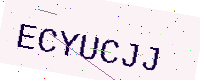
Text: ECYUCJJ